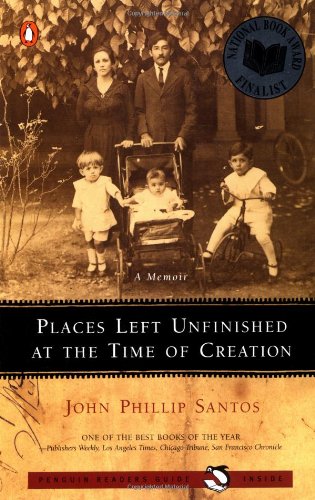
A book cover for Places Left Unfinished at the Time of Creation; John Phillip Santos; Biographies & Memoirs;